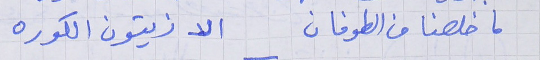
ما خلصنا من الطوفان     الا زيتون الكوره